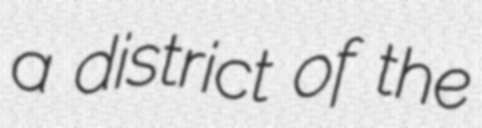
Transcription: a district of the